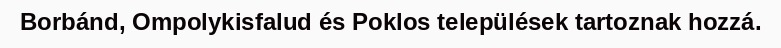
Borbánd, Ompolykisfalud és Poklos települések tartoznak hozzá.